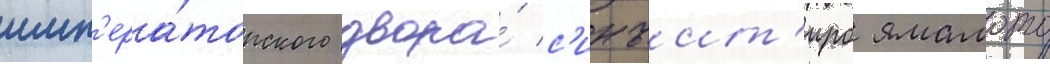
имп'ера́торского двора́ с'инъит'иро ямамото